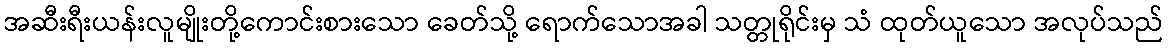
အဆီးရီးယန်းလူမျိုးတို့ကောင်းစားသော ခေတ်သို့ ရောက်သောအခါ သတ္တုရိုင်းမှ သံ ထုတ်ယူသော အလုပ်သည်